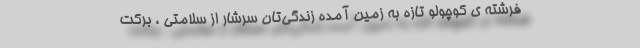
فرشته ی کوچولو تازه به زمین آمده زندگی‌تان سرشار از سلامتی ، برکت